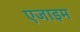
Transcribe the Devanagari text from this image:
एजाइम